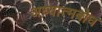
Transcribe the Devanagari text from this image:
अध्यात्मबोध